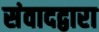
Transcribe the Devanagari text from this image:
संवादद्वारा